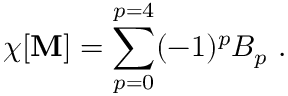
\chi [ { \bf { \cal M } } ] = \sum _ { p = 0 } ^ { p = 4 } ( - 1 ) ^ { p } B _ { p } \ .